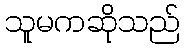
သူမကဆိုသည်